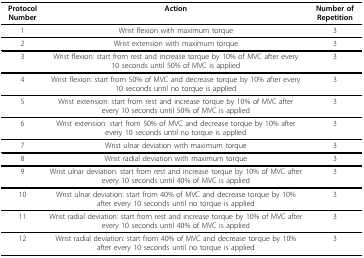
<table><thead><tr><td><b>Protocol Number</b></td><td><b>Action</b></td><td><b>Number of Repetition</b></td></tr></thead><tbody><tr><td>1</td><td>Wrist flexion with maximum torque</td><td>3</td></tr><tr><td>2</td><td>Wrist extension with maximum torque</td><td>3</td></tr><tr><td>3</td><td>Wrist flexion: start from rest and increase torque by 10% of MVC after every 10 seconds until 50% of MVC is applied</td><td>3</td></tr><tr><td>4</td><td>Wrist flexion: start from 50% of MVC and decrease torque by 10% after every 10 seconds until no torque is applied</td><td>3</td></tr><tr><td>5</td><td>Wrist extension: start from rest and increase torque by 10% of MVC after every 10 seconds until 50% of MVC is applied</td><td>3</td></tr><tr><td>6</td><td>Wrist extension: start from 50% of MVC and decrease torque by 10% after every 10 seconds until no torque is applied</td><td>3</td></tr><tr><td>7</td><td>Wrist ulnar deviation with maximum torque</td><td>3</td></tr><tr><td>8</td><td>Wrist radial deviation with maximum torque</td><td>3</td></tr><tr><td>9</td><td>Wrist ulnar deviation: start from rest and increase torque by 10% of MVC after every 10 seconds until 40% of MVC is applied</td><td>3</td></tr><tr><td>10</td><td>Wrist ulnar deviation: start from 40% of MVC and decrease torque by 10% after every 10 seconds until no torque is applied</td><td>3</td></tr><tr><td>11</td><td>Wrist radial deviation: start from rest and increase torque by 10% of MVC after every 10 seconds until 40% of MVC is applied</td><td>3</td></tr><tr><td>12</td><td>Wrist radial deviation: start from 40% of MVC and decrease torque by 10% after every 10 seconds until no torque is applied</td><td>3</td></tr></tbody></table>